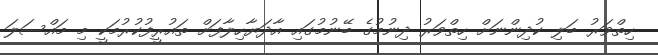
ހިތްވަރު ބަލި ކުދިންނަށް ހިތްވަރު ދިނުމުގެ ބޭނުމުގައި އާދަޔާހިލާފަށް ތައުރީފުކުރުމަކީ މި މައްސަލަ